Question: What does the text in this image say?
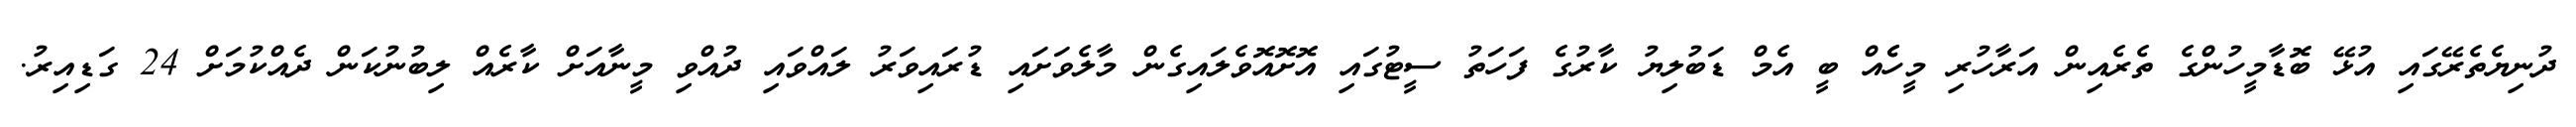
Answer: ދުނިޔެތެރޭގައި އުޅޭ ބޮޑާމީހުންގެ ތެރެއިން އަރާހުރި މީހެެއް ބީ އެމް ޑަބުލިޔު ކާރުގެ ފަހަތު ސީޓުގައި އޮށޮއޮވެލައިގެން މާލެވަށައި ޑުރައިވަރު ލައްވައި ދުއްވި މީނާއަށް ކާރެއް ލިބުނުކަން ދެއްކުމަށް 24 ގަޑިއިރު.